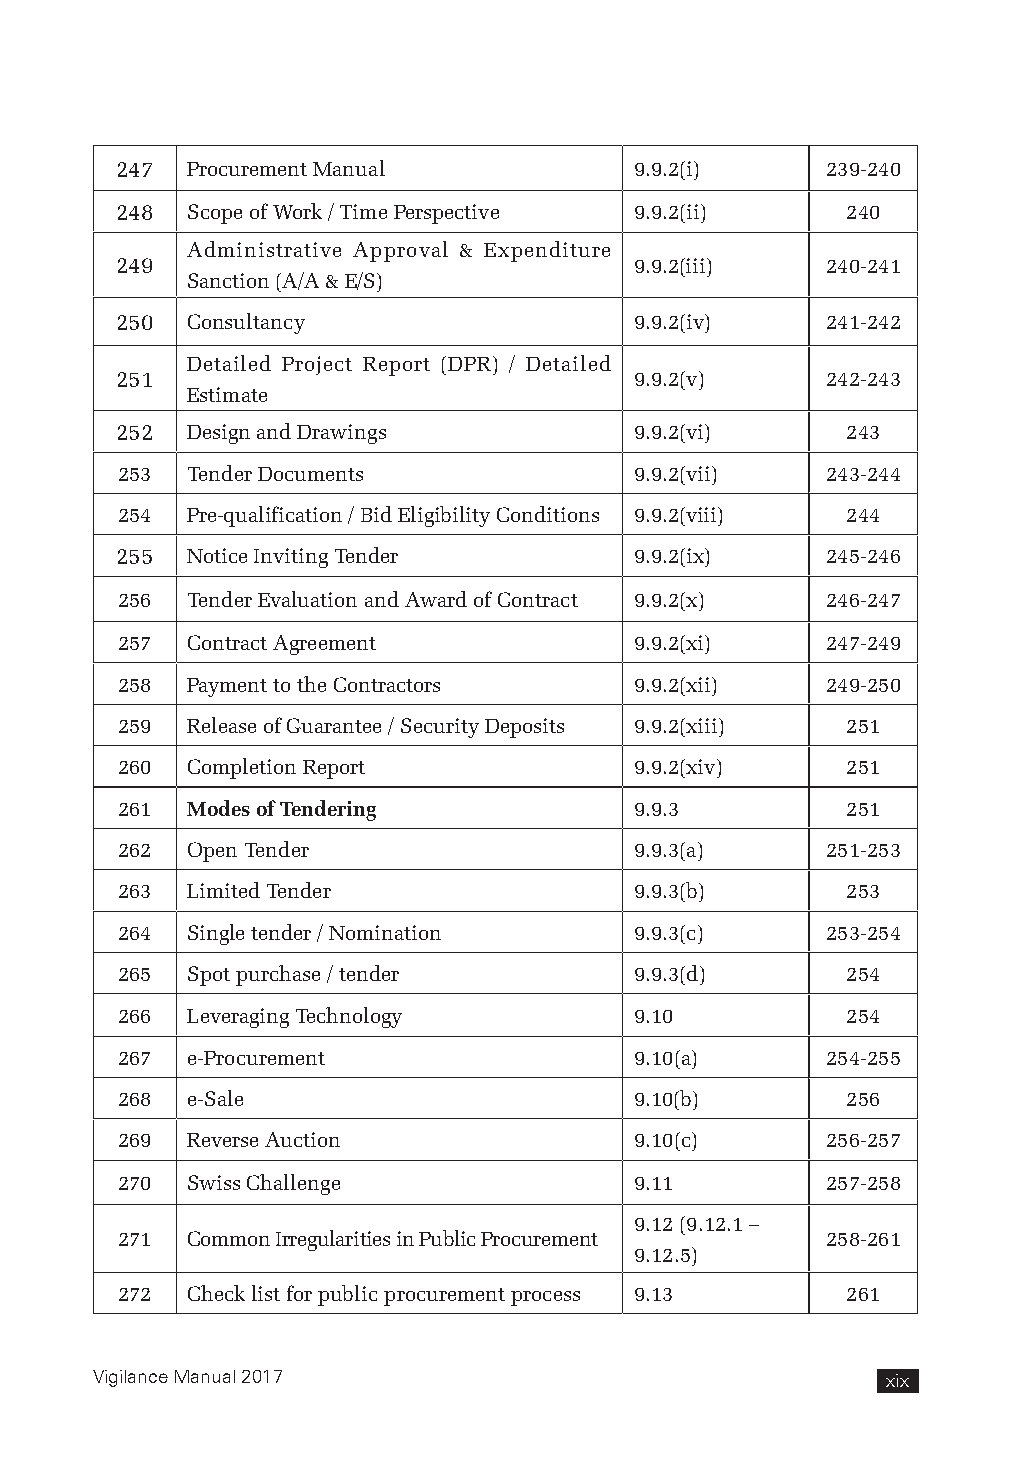
247 Procurement Manual            9.9.2(i)     239-240
 248 Scope of Work / Time Perspective 9.9.2(ii)  240
 Administrative Approval & Expenditure
 249                               9.9.2(iii)   240-241
 Sanction (A/A & E/S)
 250 Consultancy                   9.9.2(iv)    241-242
 Detailed Project Report (DPR) / Detailed
 251                               9.9.2(v)     242-243
 Estimate
 252 Design and Drawings           9.9.2(vi)     243
 253 Tender Documents              9.9.2(vii)   243-244
 254 Pre-qualification / Bid Eligibility Conditions 9.9.2(viii) 244
 255 Notice Inviting Tender        9.9.2(ix)    245-246
 256 Tender Evaluation and Award of Contract 9.9.2(x) 246-247
 257 Contract Agreement            9.9.2(xi)    247-249
 258 Payment to the Contractors    9.9.2(xii)   249-250
 259 Release of Guarantee / Security Deposits 9.9.2(xiii) 251
 260 Completion Report             9.9.2(xiv)    251
 261 Modes of Tendering            9.9.3         251
 262 Open Tender                   9.9.3(a)     251-253
 263 Limited Tender                9.9.3(b)      253
 264 Single tender / Nomination    9.9.3(c)     253-254
 265 Spot purchase / tender        9.9.3(d)      254
 266 Leveraging Technology         9.10          254
 267 e-Procurement                 9.10(a)      254-255
 268 e-Sale                        9.10(b)       256
 269 Reverse Auction               9.10(c)      256-257
 270 Swiss Challenge               9.11         257-258
 9.12 (9.12.1 –
 271 Common Irregularities in Public Procurement 258-261
 9.12.5)
 272 Check list for public procurement process 9.13 261
 Vigilance Manual 2017                                xix